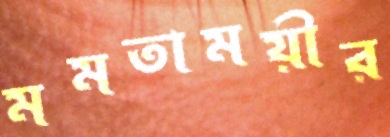
মমতাময়ীর